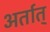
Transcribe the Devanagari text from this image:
अर्तात्